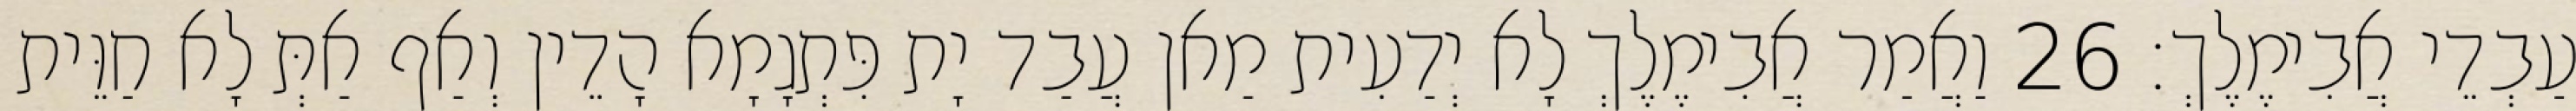
עַבְדֵי אֲבִימֶלֶךְ׃ 26 וַאֲמַר אֲבִימֶלֶךְ לָא יְדַעִית מַאן עֲבַד יָת פִּתְגָמָא הָדֵין וְאַף אַתְּ לָא חַוֵּית